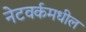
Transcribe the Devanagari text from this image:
नेटवर्कमधील